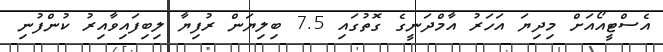
އެސްޓީއޯއަށް މިދިޔަ އަހަރު އާމްދަނީގެ ގޮތުގައި 7.5 ބިލިޔަން ރުފިޔާ ލިބިފައިވާއިރު ކުންފުނި